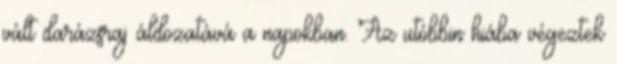
vált darázsraj áldozatává a napokban. Az utóbbin hiába végeztek